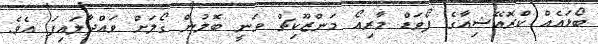
ބޯޅައެއް ކްރޮއޭޝިއާގެ ފޯވަޑް މާރިއޯ މަންޒޫކިޗް ވަނީ ބޮލުން ގޯލަށް ވައްދާލައިފަ އެވެ.